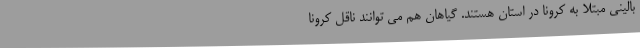
بالینی مبتلا به کرونا در استان هستند. گیاهان هم می توانند ناقل کرونا